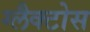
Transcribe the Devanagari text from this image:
ग्लैक्टोस